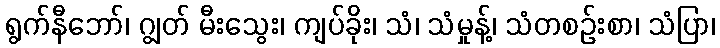
ရွက်နီဘော်၊ ဂျွတ် မီးသွေး၊ ကျပ်ခိုး၊ သံ၊ သံမှုန့်၊ သံတစဉ်းစာ၊ သံပြာ၊